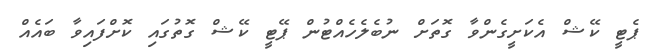
ޕެޓީ ކޭޝް އެކަށީގެންވާ ގޮތަށް ނުބެލެހެއްޓުން ޕޭޓީ ކޭޝް ގޮތުގައި ކޮށްފައިވާ ބައެއް